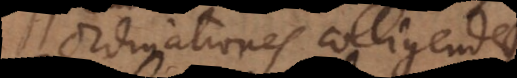
ordinationes colligendae.